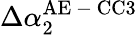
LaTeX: \Delta\alpha_{2}^{\mathrm{AE\mathrm{~-~}CC3}}